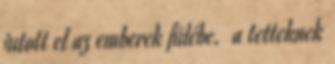
jutott el az emberek fülébe. a tetteknek